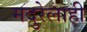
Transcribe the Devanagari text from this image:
मदुरेलाही